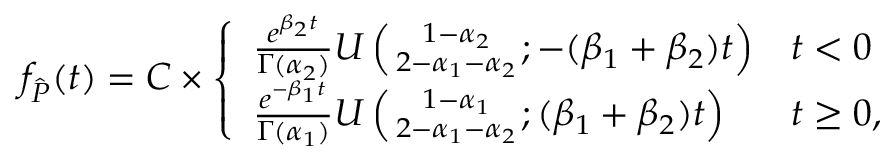
f _ { \hat { P } } ( t ) = C \times \left\{ \begin{array} { l l } { \frac { e ^ { \beta _ { 2 } t } } { \Gamma ( \alpha _ { 2 } ) } U \left( { 1 - \alpha _ { 2 } \atop 2 - \alpha _ { 1 } - \alpha _ { 2 } } ; - ( \beta _ { 1 } + \beta _ { 2 } ) t \right) } & { t < 0 } \\ { \frac { e ^ { - \beta _ { 1 } t } } { \Gamma ( \alpha _ { 1 } ) } U \left( { 1 - \alpha _ { 1 } \atop 2 - \alpha _ { 1 } - \alpha _ { 2 } } ; ( \beta _ { 1 } + \beta _ { 2 } ) t \right) } & { t \geq 0 , } \end{array} \right.